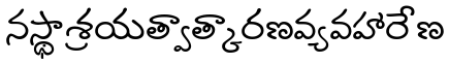
నస్థాశ్రయత్వాత్కారణవ్యవహారేణ